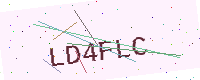
Text: LD4FLC